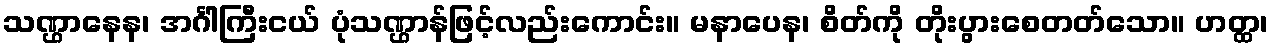
သဏ္ဌာနေန၊ အင်္ဂါကြီးငယ် ပုံသဏ္ဌာန်ဖြင့်လည်းကောင်း။ မနာပေန၊ စိတ်ကို တိုးပွားစေတတ်သော။ ဟတ္ထ၊